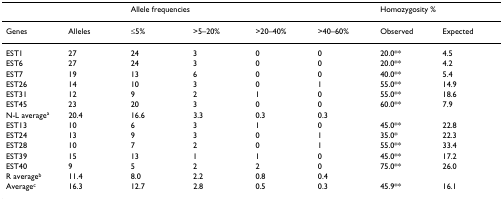
<table><thead><tr><td></td><td></td><td colspan="4"><b>Allele frequencies</b></td><td colspan="2"><b>Homozygosity %</b></td></tr></thead><tbody><tr><td>Genes</td><td>Alleles</td><td>≤5%</td><td>&gt;5–20%</td><td>&gt;20–40%</td><td>&gt;40–60%</td><td>Observed</td><td>Expected</td></tr><tr><td>EST1</td><td>27</td><td>24</td><td>3</td><td>0</td><td>0</td><td>20.0**</td><td>4.5</td></tr><tr><td>EST6</td><td>27</td><td>24</td><td>3</td><td>0</td><td>0</td><td>20.0**</td><td>4.2</td></tr><tr><td>EST7</td><td>19</td><td>13</td><td>6</td><td>0</td><td>0</td><td>40.0**</td><td>5.4</td></tr><tr><td>EST26</td><td>14</td><td>10</td><td>3</td><td>0</td><td>1</td><td>55.0**</td><td>14.9</td></tr><tr><td>EST31</td><td>12</td><td>9</td><td>2</td><td>1</td><td>0</td><td>55.0**</td><td>18.6</td></tr><tr><td>EST45</td><td>23</td><td>20</td><td>3</td><td>0</td><td>0</td><td>60.0**</td><td>7.9</td></tr><tr><td>N-L average<sup>a</sup></td><td>20.4</td><td>16.6</td><td>3.3</td><td>0.3</td><td>0.3</td><td></td><td></td></tr><tr><td>EST13</td><td>10</td><td>6</td><td>3</td><td>1</td><td>0</td><td>45.0**</td><td>22.8</td></tr><tr><td>EST24</td><td>13</td><td>9</td><td>3</td><td>0</td><td>1</td><td>35.0*</td><td>22.3</td></tr><tr><td>EST28</td><td>10</td><td>7</td><td>2</td><td>0</td><td>1</td><td>55.0**</td><td>33.4</td></tr><tr><td>EST39</td><td>15</td><td>13</td><td>1</td><td>1</td><td>0</td><td>45.0**</td><td>17.2</td></tr><tr><td>EST40</td><td>9</td><td>5</td><td>2</td><td>2</td><td>0</td><td>75.0**</td><td>26.0</td></tr><tr><td>R average<sup>b</sup></td><td>11.4</td><td>8.0</td><td>2.2</td><td>0.8</td><td>0.4</td><td></td><td></td></tr><tr><td>Average<sup>c</sup></td><td>16.3</td><td>12.7</td><td>2.8</td><td>0.5</td><td>0.3</td><td>45.9**</td><td>16.1</td></tr></tbody></table>